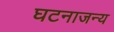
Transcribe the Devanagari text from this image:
घटनाजन्य